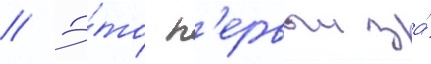
// Э́то п'ервыи за́